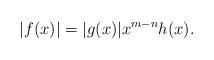
LaTeX: \begin{align*}|f(x)|=|g(x)|x^{m-n}h(x).\end{align*}